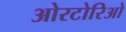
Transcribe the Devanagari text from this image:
ओरटोरिओ